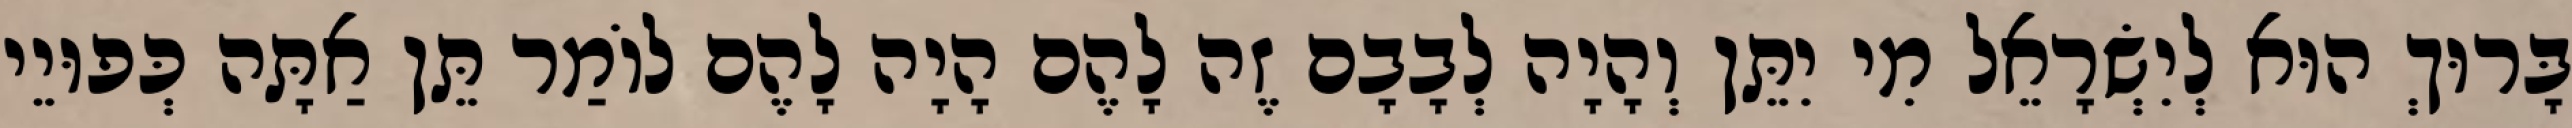
בָּרוּךְ הוּא לְיִשְׂרָאֵל מִי יִתֵּן וְהָיָה לְבָבָם זֶה לָהֶם הָיָה לָהֶם לוֹמַר תֵּן אַתָּה כְּפוּיֵי